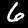
Label: 6